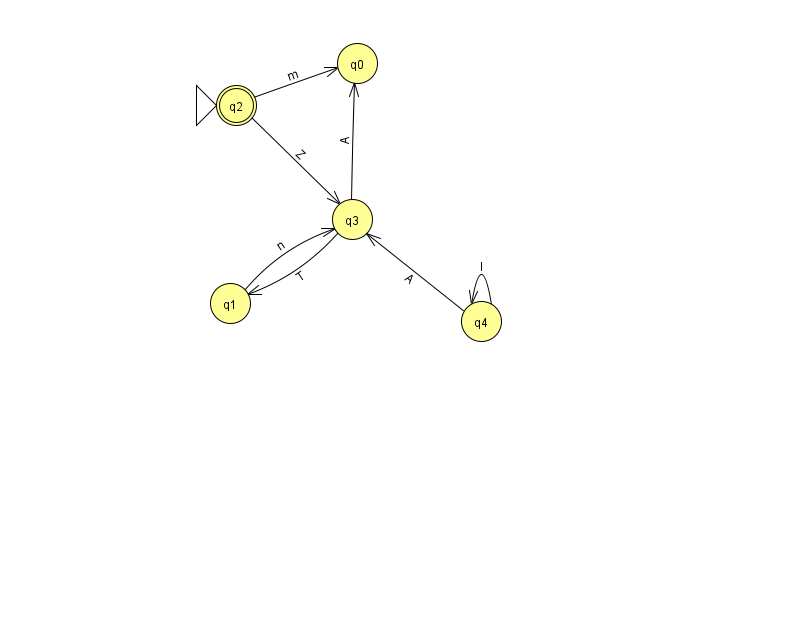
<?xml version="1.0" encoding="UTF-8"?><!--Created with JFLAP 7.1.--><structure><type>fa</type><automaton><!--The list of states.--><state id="0" name="q0"><x>357.0</x><y>50.0</y></state><state id="1" name="q1"><x>230.0</x><y>290.0</y></state><state id="2" name="q2"><x>236.0</x><y>92.0</y><initial/><final/></state><state id="3" name="q3"><x>352.0</x><y>206.0</y></state><state id="4" name="q4"><x>481.0</x><y>308.0</y></state><!--The list of transitions.--><transition><from>3</from><to>1</to><read>T</read></transition><transition><from>3</from><to>0</to><read>A</read></transition><transition><from>2</from><to>3</to><read>Z</read></transition><transition><from>2</from><to>0</to><read>m</read></transition><transition><from>1</from><to>3</to><read>n</read></transition><transition><from>4</from><to>4</to><read>I</read></transition><transition><from>4</from><to>3</to><read>A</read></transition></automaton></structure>